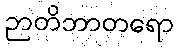
ဉာတိဘာတရော